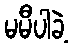
မမီပါခဲ့